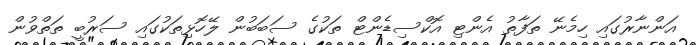
އަންނާރުގައި ހިމެނޭ ތަފާތު އެންޓި އޮކްސިޑެންޓް ތަކުގެ ސަބަބުން ލޭހޮޅިތަކުގައި ސަރުބީ ތަތްވުން